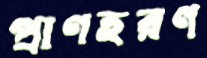
প্রাণহরণ